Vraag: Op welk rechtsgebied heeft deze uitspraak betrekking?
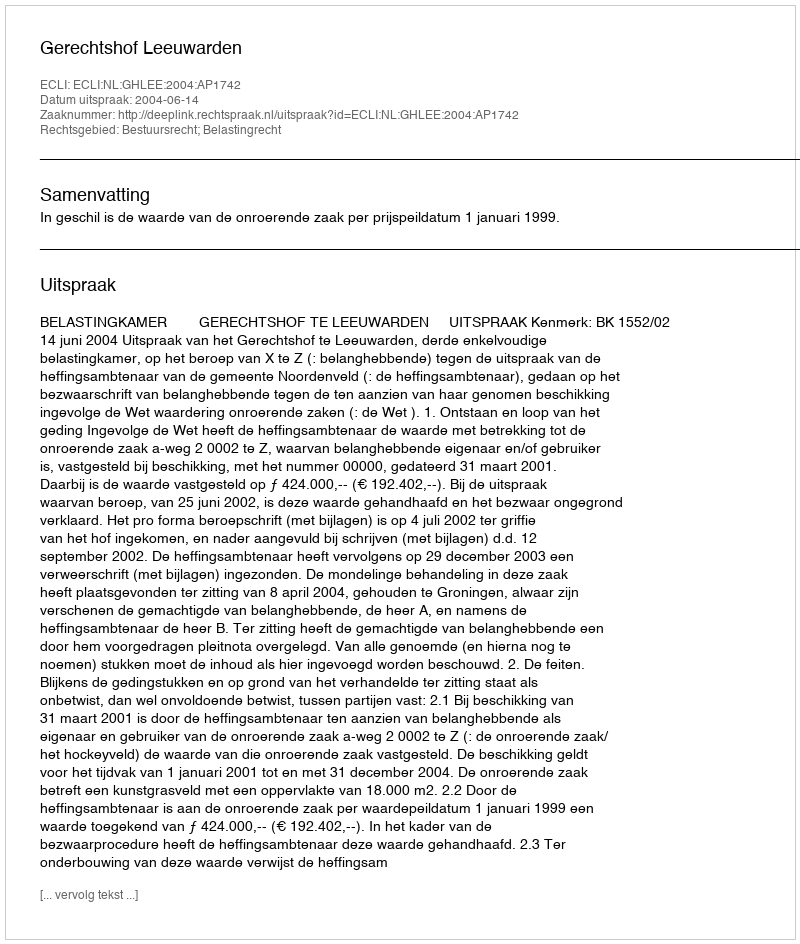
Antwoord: Bestuursrecht; Belastingrecht